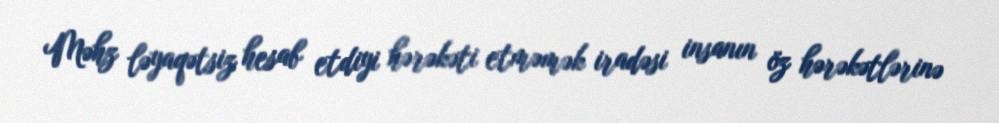
Məhz ləyaqətsiz hesab etdiyi hərəkəti etməmək iradəsi insanın öz hərəkətlərinə